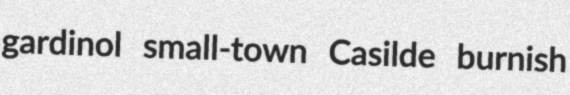
gardinol small-town Casilde burnish